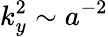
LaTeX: k_{y}^{2}\sim a^{-2}